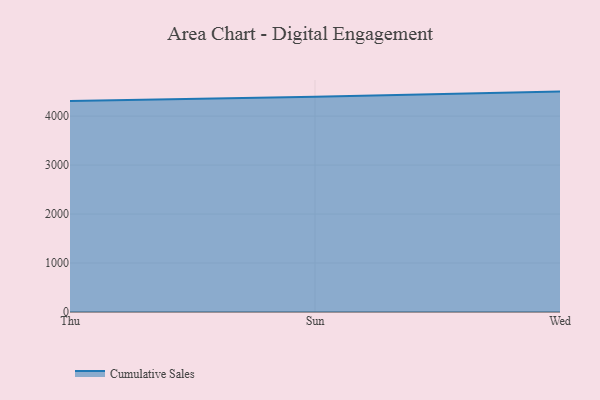
{"axis": {"x": "Day", "y": "Operating Costs (USD K)"}, "legend": ["Cumulative Sales"], "data": [{"x": "Thu", "y": 4307.6, "type": "Cumulative Sales"}, {"x": "Sun", "y": 4393.3, "type": "Cumulative Sales"}, {"x": "Wed", "y": 4500.8, "type": "Cumulative Sales"}]}